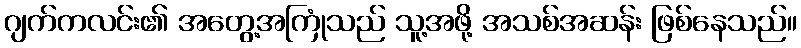
ဂျက်ကလင်း၏ အတွေ့အကြုံသည် သူ့အဖို့ အသစ်အဆန်း ဖြစ်နေသည်။